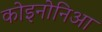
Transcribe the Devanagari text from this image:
कोइनोनिआ